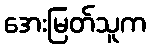
အေးမြတ်သူက